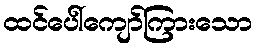
ထင်ပေါ်ကျော်ကြားသော